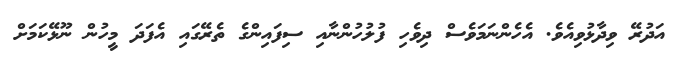
އަދުރޭ ވިދާޅުވިއެވެ. އެހެންނަމަވެސް ދިވެހި ފުލުހުންނާއި ސިފައިންގެ ތެރޭގައި އެފަދަ މީހުން ނޫޅޭކަމަށް